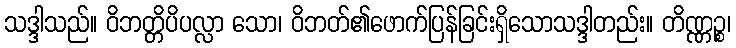
သဒ္ဒါသည်။ ဝိဘတ္တိပိပလ္လာ သော၊ ဝိဘတ်၏ဖောက်ပြန်ခြင်းရှိသောသဒ္ဒါတည်း။ တိဏ္ဏဉ္စ၊